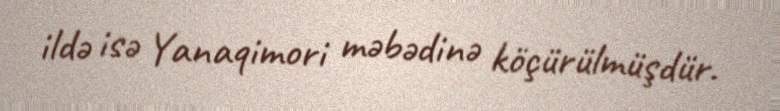
ildə isə Yanaqimori məbədinə köçürülmüşdür.